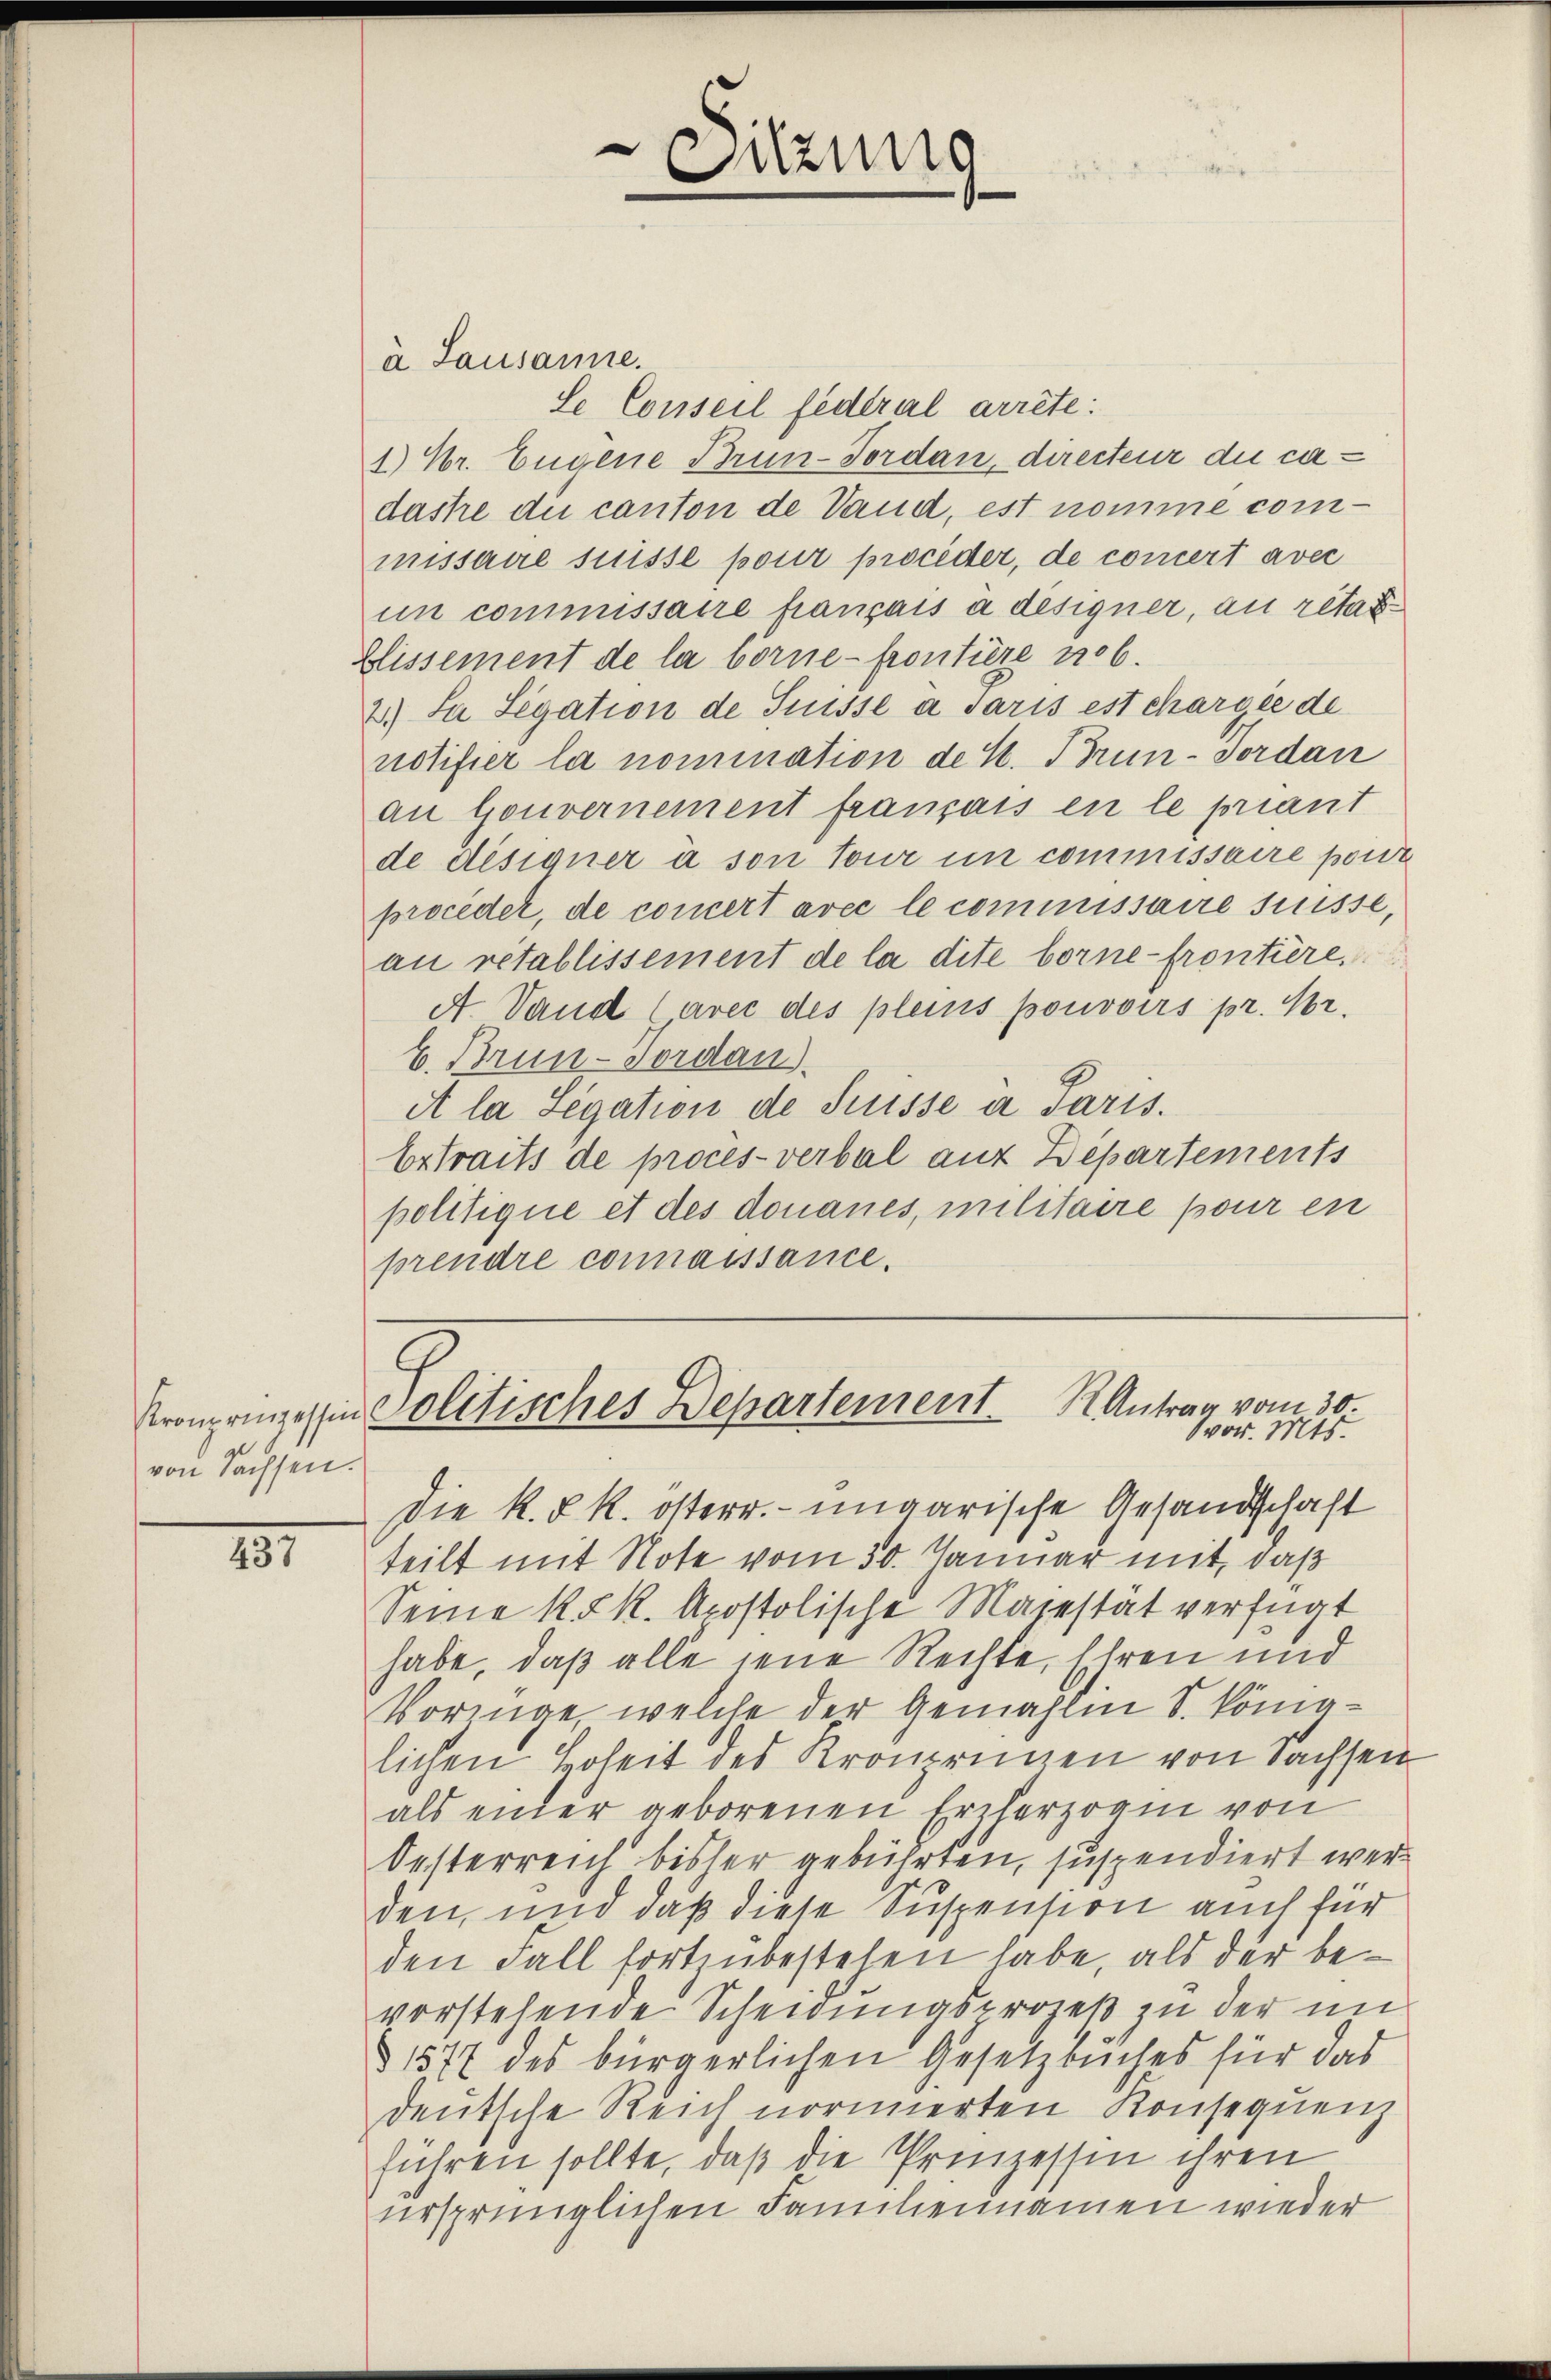
Kronprinzessin,
von Sachsen.

157

à Lausanne.
Se Conseil fédéral arrête:
1.) Hr. Eugene Brun-Tordan, directeur die cadastre du canton de Vaud, est nomme commissaire suisse pour proceder, de concert avec
un commissaire français à designer, au rétar¬
Elissement de la borne-frontiere No 6.
2.) Ja Segation de Suisse à saris est chargée de
notifier la nomination de K. Brun-Sordan
an Gouvernement français en le priant
de designer à son Tour in commissaire port
proceder, de concert avec le commissaire suisse,
au rétablissement de la dite borne-frontiere.
A Sand (avec des pleis pouvoirs pr. Kr.
E. Brun-Jordan
et la Segation de Suisse a Paris.
Ertraits de proces-verbal aus Departements
politique et des donaues, militaire pour en
prendre connaissance.

Sitzung

Solitisches Departement.  Antrag vom 30.
vor. Mts.

Die k. k. k. österr. ungarische Gesandtschaft
teilt mit Note vom 30. Januar mit, daß
Seine k. k. Apostolische Majestät verfügt
habe, daß alle jene Rechte, Ehren und
Voringe, welche der Gemahlen S. könnlichen Hoheit des Kronprinen von Sachsen
als einer geborenen Erzherzogin von
Oesterreich bisher gebührten, suspendiert werden, und daß diese Suspension auch für
den Fall fortzubestehen habe, als der bevorstehende Scheidungsprozeß zu der un¬
§ 1577 des bürgerlichen Gesetzbuches für das
deutsche Reich normierten Konsequenz
führen sollte, daß die Prinzessin ihren
ursprünglichen Familiennamen wieder